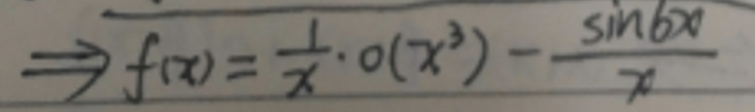
\(\Rightarrow f(x)=\frac{1}{x}\cdot o(x^{3})-\frac{\sin6x}{x}\)